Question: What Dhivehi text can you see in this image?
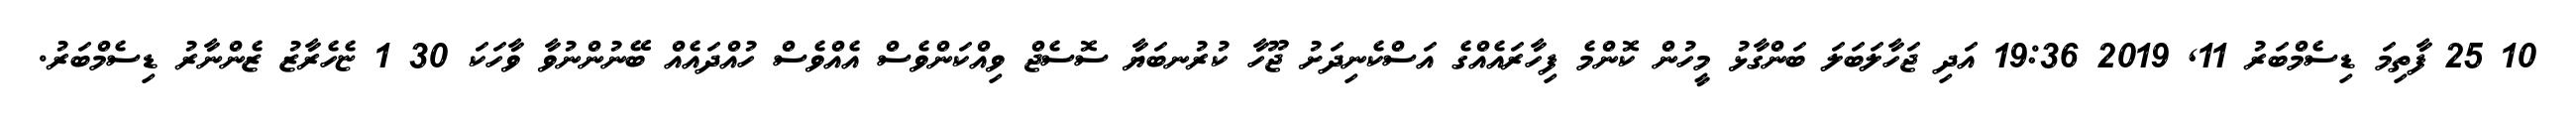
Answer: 10 25 ފާތިމަ ޑިސެމްބަރު 11, 2019 19:36 އަދި ޖަހާލަބަލަ ބަންގާޅު މީހުން ކޮންމެ ފިހާރައެއްގެ އަސްކެނިދަށު ޖޫހާ ކުރުނބަޔާ ސޮސެޖް ވިއްކަންވެސް އެއްވެސް ހުއްދައެއް ބޭނުންނުވާ ވާހަކަ 30 1 ޏެހެރާޒު ޒެންނާރު ޑިސެމްބަރު.